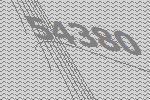
54380